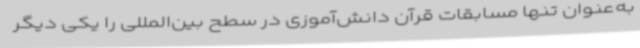
به‌عنوان تنها مسابقات قرآن دانش‌آموزی در سطح بین‌المللی را یکی دیگر